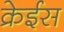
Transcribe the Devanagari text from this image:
क्रेईस